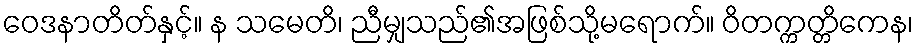
ဝေဒနာတိတ်နှင့်။ န သမေတိ၊ ညီမျှသည်၏အဖြစ်သို့မရောက်။ ဝိတက္ကတ္တိကေန၊